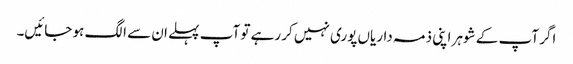
اگر آپ کے شوہر اپنی ذمہ داریاں پوری نہیں کر رہے تو آپ پہلے ان سے الگ ہو جائیں۔